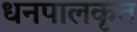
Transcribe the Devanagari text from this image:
धनपालकृत